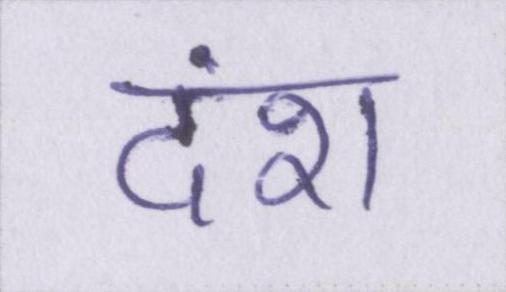
दंश